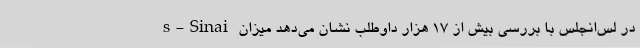
s-Sinai در لس‌انجلس با بررسی بیش از ۱۷ هزار داوطلب نشان می‌دهد میزان